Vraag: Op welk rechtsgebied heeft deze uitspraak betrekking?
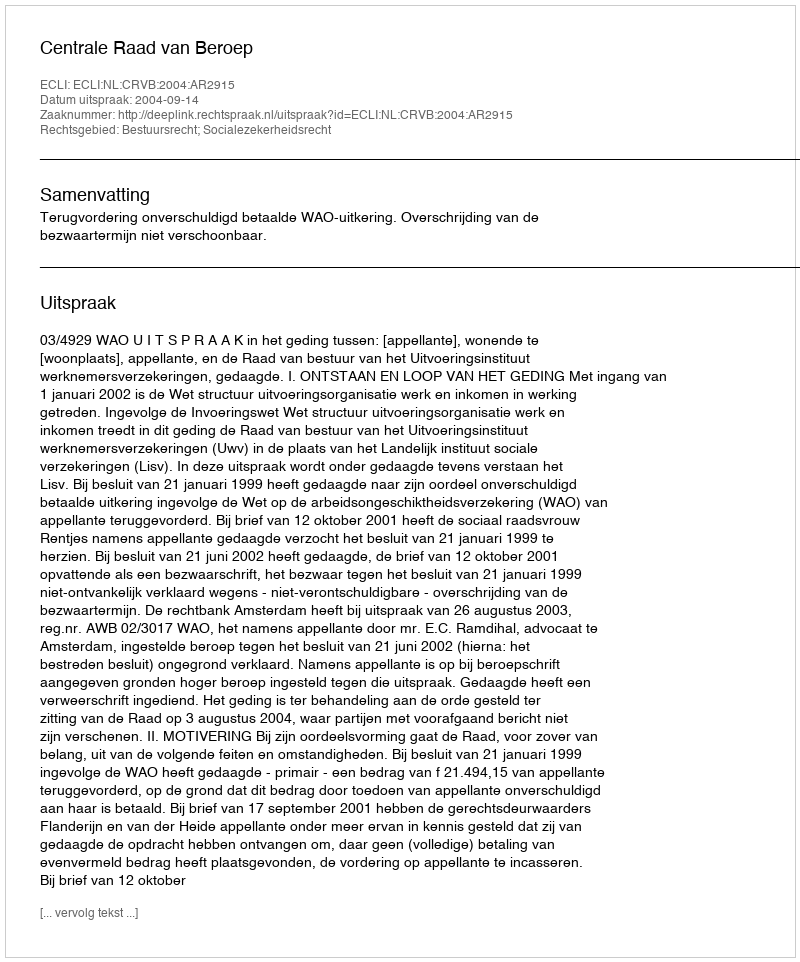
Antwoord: Bestuursrecht; Socialezekerheidsrecht